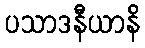
ပသာဒနီယာနိ